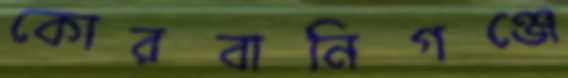
কোরবানিগঞ্জে